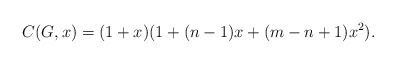
\begin{align*}C(G,x)= (1 + x)( 1 + (n-1)x + (m - n +1 )x^2).\end{align*}